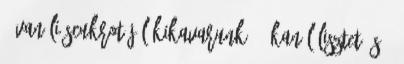
1 vaníliáscukrot jól kikavarunk. 2 kanál lisztet és 3